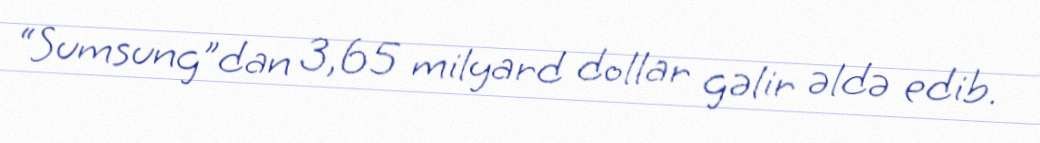
“Sumsung”dan 3,65 milyard dollar gəlir əldə edib.